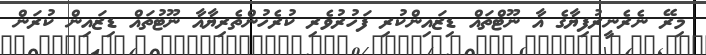
މިރޭ ނެރެނީރުފިޔާގެ އާ ނޫޓްތައް ޑިޒައިންކުރި ފަހުރުވެރި ކުރެހުންތެރިޔާއާ ނޫޓުތައް ޑިޒައިން ކުރަން